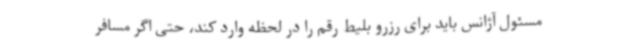
مسئول آژانس باید برای رزرو بلیط رقم را در لحظه وارد کند، حتی اگر مسافر